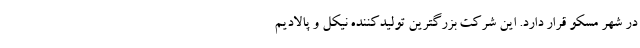
در شهر مسکو قرار دارد. این شرکت بزرگترین تولیدکننده نیکل و پالادیم